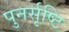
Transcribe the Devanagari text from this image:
पुनर्सृष्टि